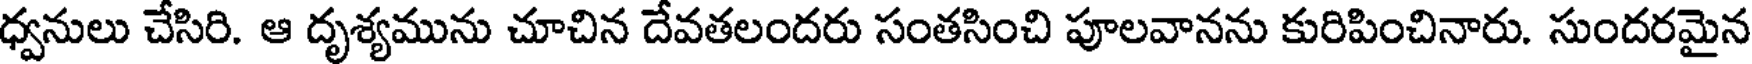
ధ్వనులు చేసిరి. ఆ దృశ్యమును చూచిన దేవతలందరు సంతసించి పూలవానను కురిపించినారు. సుందరమైన